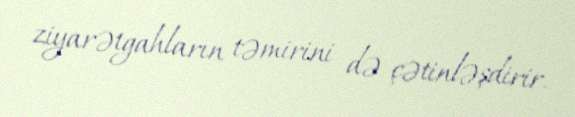
ziyarətgahların təmirini də çətinləşdirir.